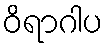
ဝိရာဂါပ